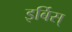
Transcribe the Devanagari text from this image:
इर्बिस्